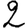
Digit: 2